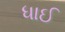
ધાઈ